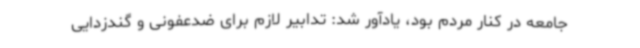
جامعه در کنار مردم بود، یادآور شد: تدابیر لازم برای ضدعفونی و گندزدایی